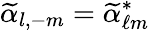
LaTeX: \widetilde\alpha_{l,-m}=\widetilde\alpha_{\ell m}^{*}